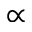
\propto